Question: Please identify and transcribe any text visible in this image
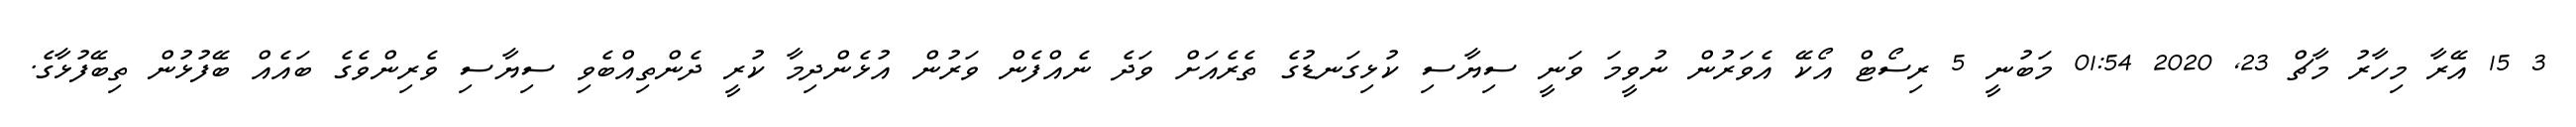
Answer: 3 15 އޭރާ މިހާރު މާޗް 23, 2020 01:54 މަބުނީ 5 ރިސޯޓް އޯކޭ އެވަރުން ނުވީމަ ވަނީ ސިޔާސި ކުޅިގަނޑުގެ ތެރެއަށް ވަދެ ނެއްފެން ވަރުން އުޅެންދިމާ ކުރީ ދެންތިއްބެވި ސިޔާސި ވެރިންވެގެ ބައެއް ބޭފުޅުން ތިބޭފުޅާގެ.